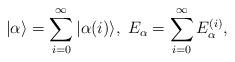
LaTeX: \begin{align*}|\alpha\rangle=\sum_{i=0}^{\infty}|\alpha{(i)}\rangle,\;E_{\alpha}=\sum_{i=0}^{\infty} E_\alpha^{(i)},\end{align*}